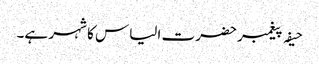
حیفہ پیغمبر حضرت الیاس کا شہر ہے۔